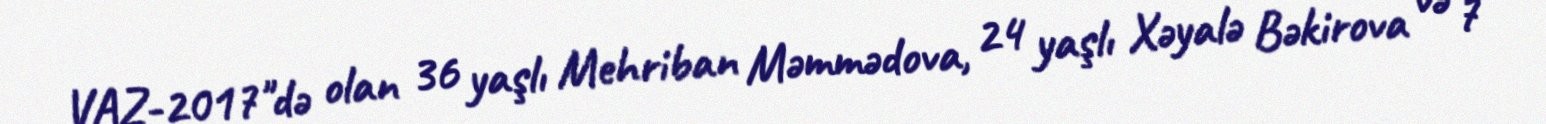
VAZ-2017"də olan 36 yaşlı Mehriban Məmmədova, 24 yaşlı Xəyalə Bəkirova və 7